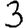
Digit: 3